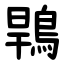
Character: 䳚